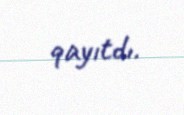
qayıtdı.